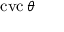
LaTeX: \operatorname { c v c } \theta